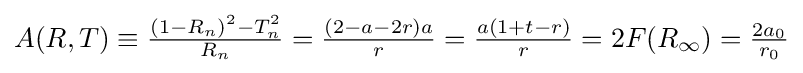
{\textstyle A(R,T)\equiv {\frac {(1-R_{n})^{2}-T_{n}^{2}}{R_{n}}}={\frac {(2-a-2r)a}{r}}={\frac {a(1+t-r)}{r}}=2F(R_{\infty })={\frac {2a_{0}}{r_{0}}}}